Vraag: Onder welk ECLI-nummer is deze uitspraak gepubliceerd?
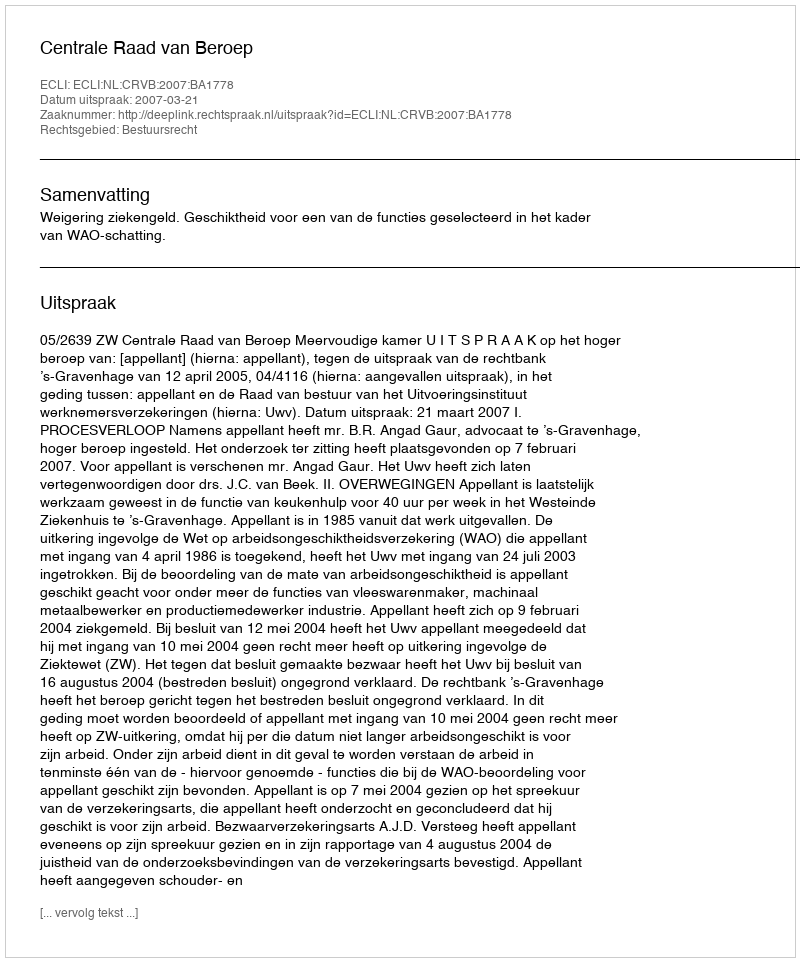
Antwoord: ECLI:NL:CRVB:2007:BA1778